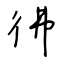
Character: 彿